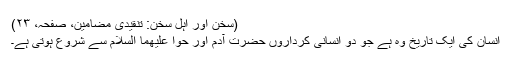
(سخن اور اہلِ سخن: تنقیدی مضامین، صفحہ، ۲۳)
انسان کی ایک تاریخ وہ ہے جو دو انسانی کرداروں حضرت آدم اور حوا علیھما السلام سے شروع ہوتی ہے۔